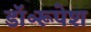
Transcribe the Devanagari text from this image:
डॉ॰रूपेश